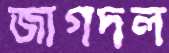
জাগদল